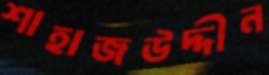
শাহাজউদ্দীন